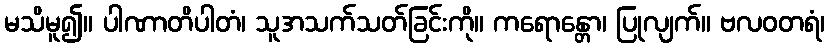
မသိမူ၍။ ပါဏာတိပါတံ၊ သူအသက်သတ်ခြင်းကို။ ကရောန္တော၊ ပြုလျက်။ ဗလဝတရံ၊